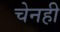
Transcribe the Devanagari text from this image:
चेनही